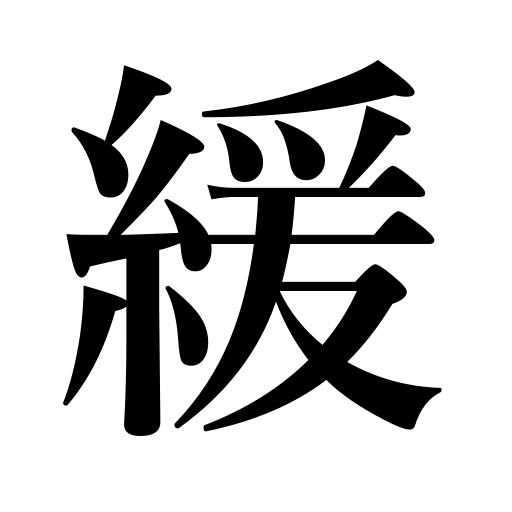
Meanings: slack,loosen,slow,gentle,lenient,loose,generous,unfasten,unbend,easy grade,ease,lessen,slacken,be moderate,slow stream,be unguarded,relax,mitigate